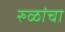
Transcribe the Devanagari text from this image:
रुळांचा